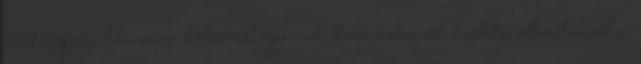
részt vegyen, házassága kötésénél, gyermeke keresztelésénél, halottja eltemetésénél az